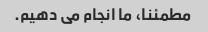
مطمئنا، ما انجام می دهیم.